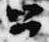
公